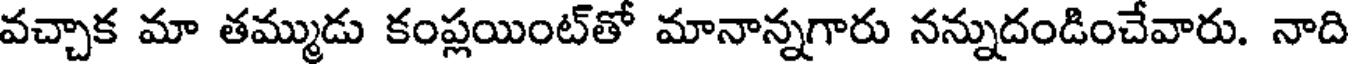
వచ్చాక మా తమ్ముడు కంప్లయింట్తో మానాన్నగారు నన్నుదండించేవారు. నాది